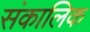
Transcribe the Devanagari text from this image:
संकालिक